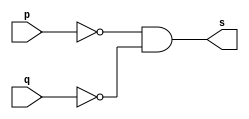
// --------------------- 
// Exercicio0005 - NOR 
// Nome: Marcio Enio G Dutra Junior 
// --------------------- 
 
// --------------------- 
// -- nor gate 
// --------------------- 
 
module norgate (output s, input p, input q); 
	assign s = (~p)&(~q); 
endmodule // nor 
 
// --------------------- 
// -- test norgate 
// --------------------- 
module testnorgate; 
// ------------------------- dados locais 
   reg   a,b; // definir registrador 
   wire  s;    // definir conexao (fio) 
// ------------------------- instancia 
   norgate NOR1 (s, a, b); 
 
// ------------------------- preparacao 
   initial begin:start 
            a=0;
            b=0; 
   end 
 
// ------------------------- parte principal 
   initial begin:main 
         $display("Exercicio0005 - Marcio Enio G Dutra Junior - 441698"); 
         $display("Test nor gate"); 
         $display("\n~(a) & ~(b)  =  s\n"); 
 	#1    $monitor("~(%b) & ~(%b)  =  %b", a, b, s); 
	#1		a=0; b=1;
 	#1    a=1; b=0;
 	#1    a=1; b=1;

 
 end 
 
endmodule // testnorgate